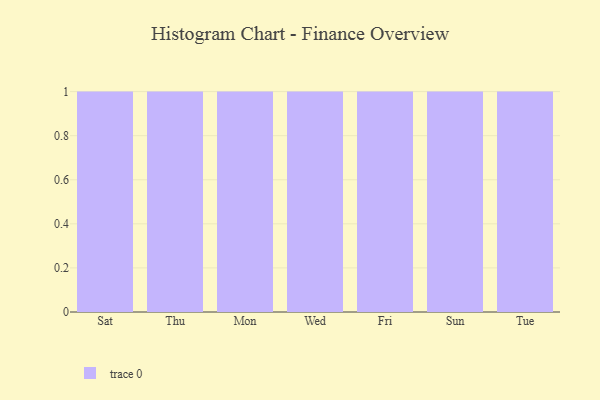
{"axis": {"x": "Day", "y": "Latency (ms)"}, "legend": [""], "data": [{"x": "Sat", "y": 26, "type": ""}, {"x": "Thu", "y": 47, "type": ""}, {"x": "Mon", "y": 91, "type": ""}, {"x": "Wed", "y": 70, "type": ""}, {"x": "Fri", "y": 32, "type": ""}, {"x": "Sun", "y": 66, "type": ""}, {"x": "Tue", "y": 28, "type": ""}]}